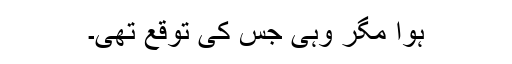
ہوا مگر وہی جس کی توقع تھی۔